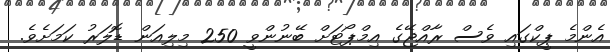
އެންމެ ޕީކްގައި ވެސް ރާއްޖޭގެ އިމްޕޯޓަށް ބޭނުންވީ 250 މިލިއަން ޑޮލަރު ކަމަށެވެ.